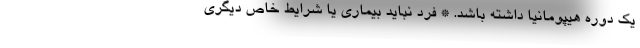
یک دوره هیپومانیا داشته باشد. * فرد نباید بیماری یا شرایط خاص دیگری